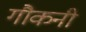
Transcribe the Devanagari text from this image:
गौकनी